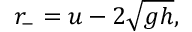
r _ { - } = u - 2 { \sqrt { g h } } ,